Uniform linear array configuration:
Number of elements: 24
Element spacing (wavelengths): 0.75
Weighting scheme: uniform
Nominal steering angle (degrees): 0
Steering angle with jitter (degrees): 1.035
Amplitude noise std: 0.05
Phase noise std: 0.05

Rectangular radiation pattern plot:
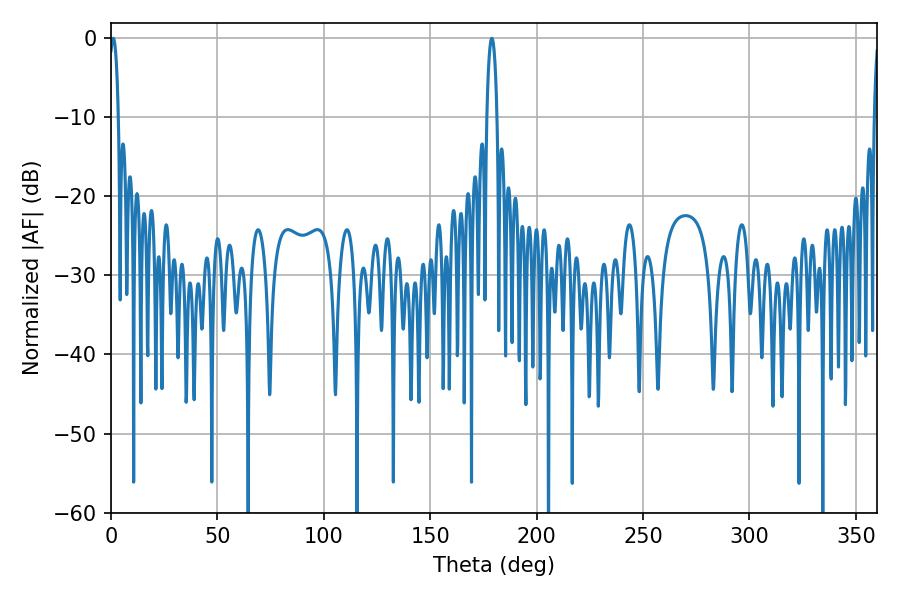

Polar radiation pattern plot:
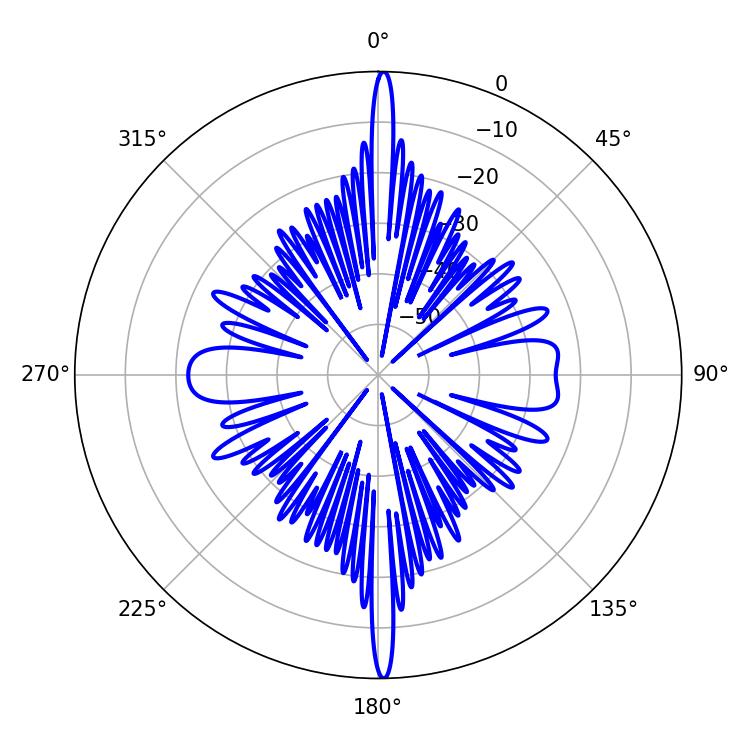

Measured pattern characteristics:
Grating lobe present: TRUE
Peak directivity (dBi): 29.817
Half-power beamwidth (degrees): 2.34
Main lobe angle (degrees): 1.08